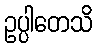
ဥပ္ပါတေသိ